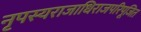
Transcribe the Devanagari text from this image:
नृपस्यराजाधिराजपरिपूजित